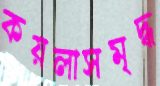
কয়লাসমৃদ্ধ